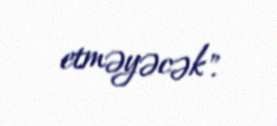
etməyəcək".